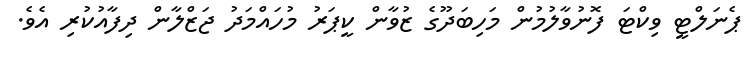
ޕެނަލްޓީ ވިކްޓަ ފޮނުވާލުމުން މަހިބަދޫގެ ޒުވާން ކީޕަރު މުހައްމަދު ޖަޒްލާން ދިފާއުކުރި އެވެ.